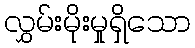
လွှမ်းမိုးမှုရှိသော